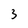
Character: 3